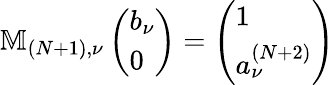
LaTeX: \mathbb{M}_{(N+1),\nu}\left(\begin{array}{l}{b_{\nu}}\\ {0}\end{array}\right)=\left(\begin{array}{l}{1}\\ {a_{\nu}^{(N+2)}}\end{array}\right)